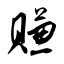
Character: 赚